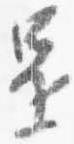
還